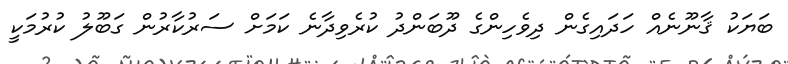
ބަޔަކު ޤާނޫނެއް ހަދައިގެން ދިވެހިންގެ ދޫބަންދު ކުރެވިދާނެ ކަމަށް ސަރުކާރުން ގަބޫލު ކުރުމަކީ